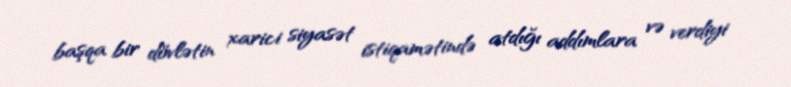
başqa bir dövlətin xarici siyasət istiqamətində atdığı addımlara və verdiyi